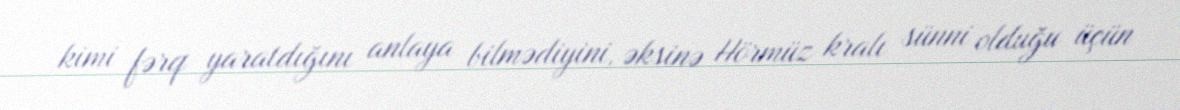
kimi fərq yaratdığını anlaya bilmədiyini, əksinə Hörmüz kralı sünni olduğu üçün